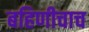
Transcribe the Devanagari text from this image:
बहिणीचाच